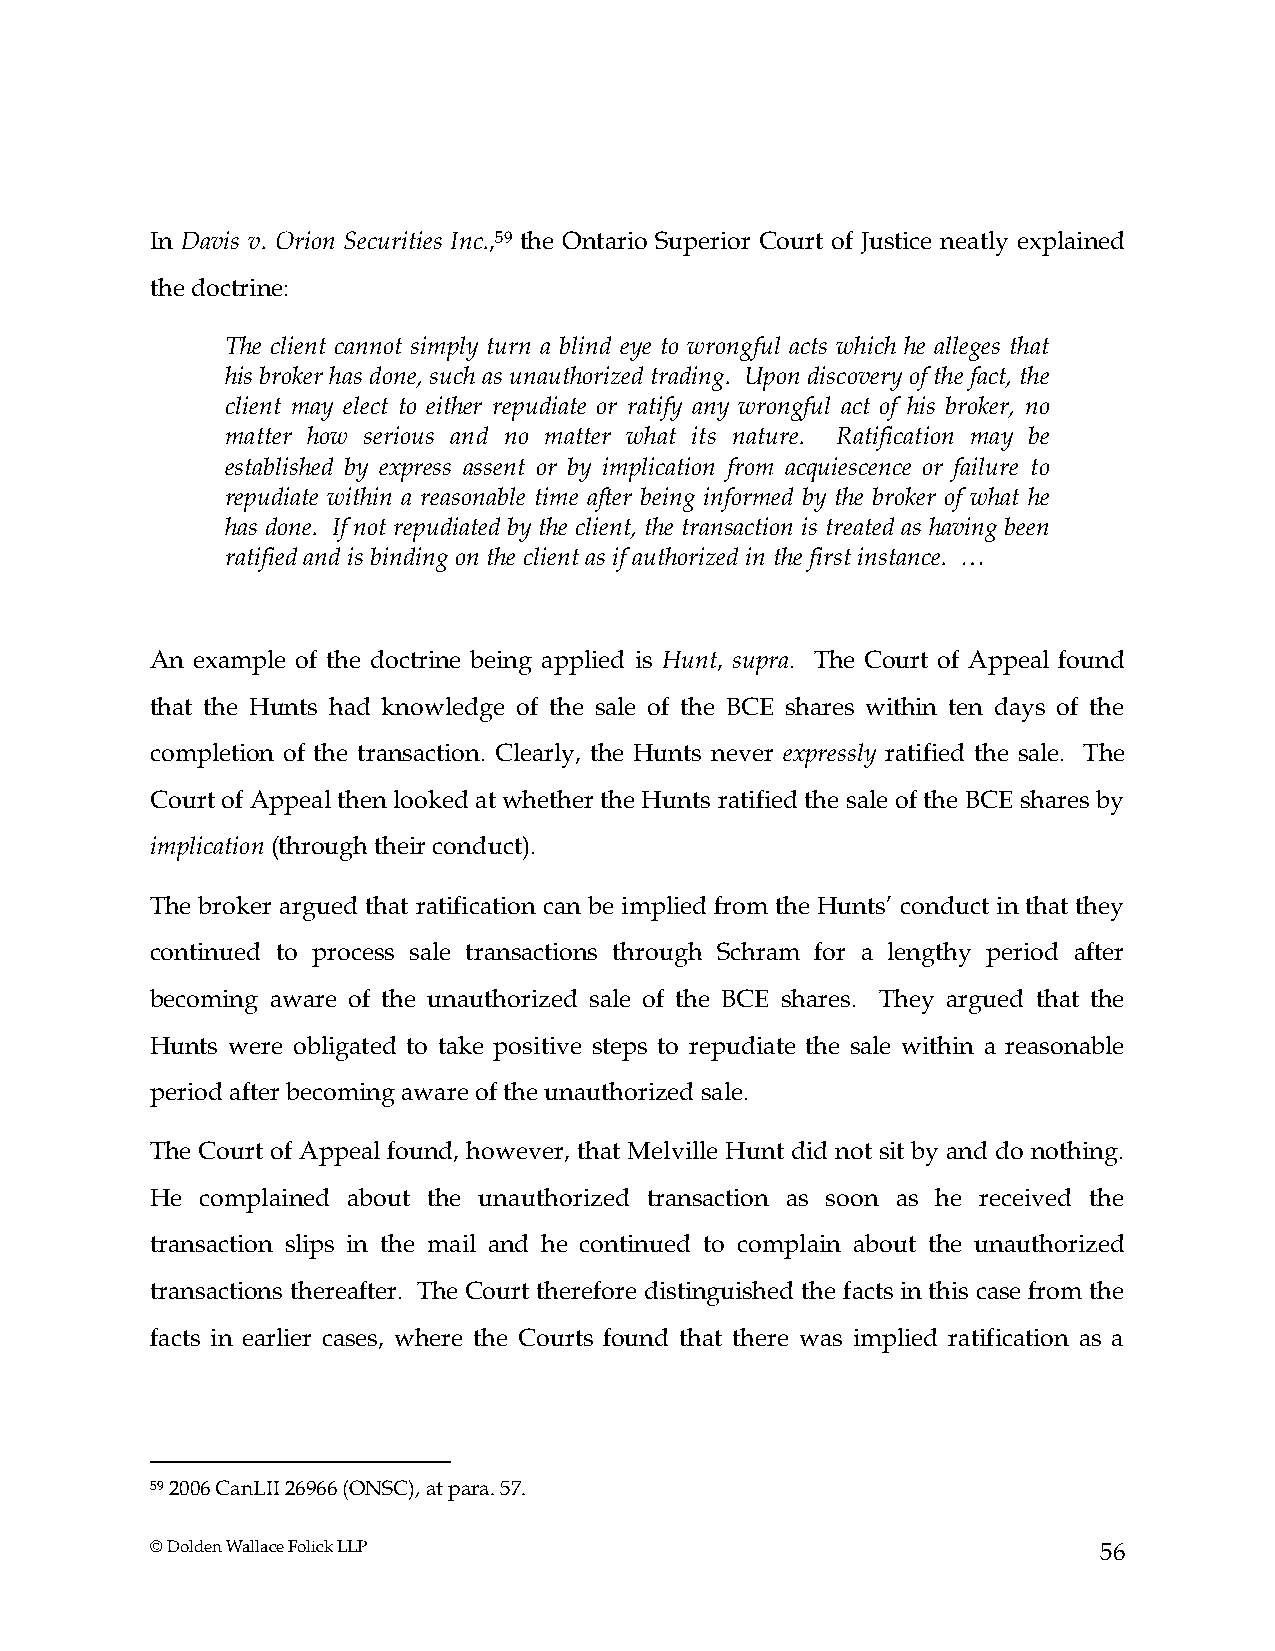
In Davis v. Orion Securities Inc.,59 the Ontario Superior Court of Justice neatly explained
 the doctrine:
 The client cannot simply turn a blind eye to wrongful acts which he alleges that
 his broker has done, such as unauthorized trading. Upon discovery of the fact, the
 client may elect to either repudiate or ratify any wrongful act of his broker, no
 matter how serious and no matter what its nature. Ratification may be
 established by express assent or by implication from acquiescence or failure to
 repudiate within a reasonable time after being informed by the broker of what he
 has done. If not repudiated by the client, the transaction is treated as having been
 ratified and is binding on the client as if authorized in the first instance. …
 An example of the doctrine being applied is Hunt, supra. The Court of Appeal found
 that the Hunts had knowledge of the sale of the BCE shares within ten days of the
 completion of the transaction. Clearly, the Hunts never expressly ratified the sale. The
 Court of Appeal then looked at whether the Hunts ratified the sale of the BCE shares by
 implication (through their conduct).
 The broker argued that ratification can be implied from the Hunts’ conduct in that they
 continued to process sale transactions through Schram for a lengthy period after
 becoming aware of the unauthorized sale of the BCE shares. They argued that the
 Hunts were obligated to take positive steps to repudiate the sale within a reasonable
 period after becoming aware of the unauthorized sale.
 The Court of Appeal found, however, that Melville Hunt did not sit by and do nothing.
 He complained about the unauthorized transaction as soon as he received the
 transaction slips in the mail and he continued to complain about the unauthorized
 transactions thereafter. The Court therefore distinguished the facts in this case from the
 facts in earlier cases, where the Courts found that there was implied ratification as a
 59 2006 CanLII 26966 (ONSC), at para. 57.
 © Dolden Wallace Folick LLP                                    56